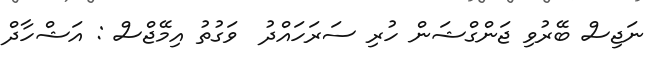
ނަޖިސް ބޭރުވި ޖަންގްޝަން ހުރި ސަރަހައްދު  ވަގުތު އިމޭޖްސް : އަޝްހާދް